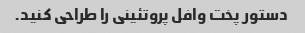
دستور پخت وافل پروتئینی را طراحی کنید.